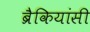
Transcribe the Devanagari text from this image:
ब्रैकियांसी